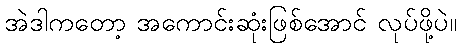
အဲဒါကတော့ အကောင်းဆုံးဖြစ်အောင် လုပ်ဖို့ပဲ။